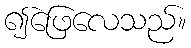
၍ဖြေလေသည်။